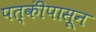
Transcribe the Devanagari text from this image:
पत्कींपासून